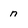
Character: n